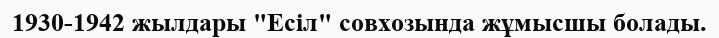
1930-1942 жылдары "Есіл" совхозында жұмысшы болады.